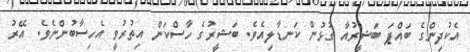
އެކުދިންގެ ބައްޕަ ބަޝީރުއާ ގުޅުން ކަނޑާލިއެވެ. ބަޝީރުގެ ހާސްކަން އިތުރުވީ އެހިސާބުންނެވެ. އޭރު